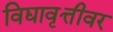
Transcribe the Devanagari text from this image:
विद्यावृत्तीवर